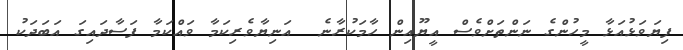
ފިޔަވަޅުއަޅާ މީހުންގެ ނަންތަށްވެސް އީޔޫއިން ހާމަކުރާނެ  އަނިޔާވެރިކަމާ ވައްކަމާ ފަސާދައިގަ އަބަދަކު